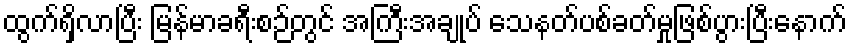
ထွက်ရှိလာပြီး မြန်မာခရီးစဉ်တွင် အကြီးအချုပ် သေနတ်ပစ်ခတ်မှုဖြစ်ပွားပြီးနောက်